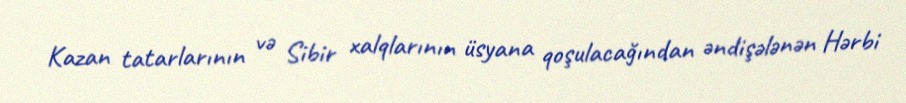
Kazan tatarlarının və Sibir xalqlarının üsyana qoşulacağından əndişələnən Hərbi